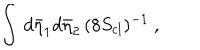
LaTeX: \int \, d { \bar { \eta } } _ { 1 } d { \bar { \eta } } _ { 2 } \, ( 8 S _ { \mathrm { c l } } ) ^ { - 1 } \ ,